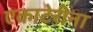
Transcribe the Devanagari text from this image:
एकाटेरीना